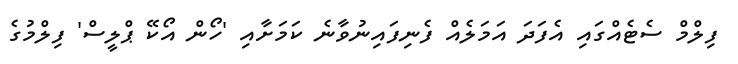
ފިލްމް ސެޓެއްގައި އެފަދަ އަމަލެއް ފެނިފައިނުވާނެ ކަމަށާއި 'ހޯން އޯކޭ ޕްލީސް' ފިލްމުގެ